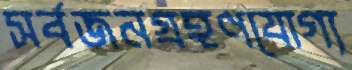
সর্বজনগ্রহণযোগ্য